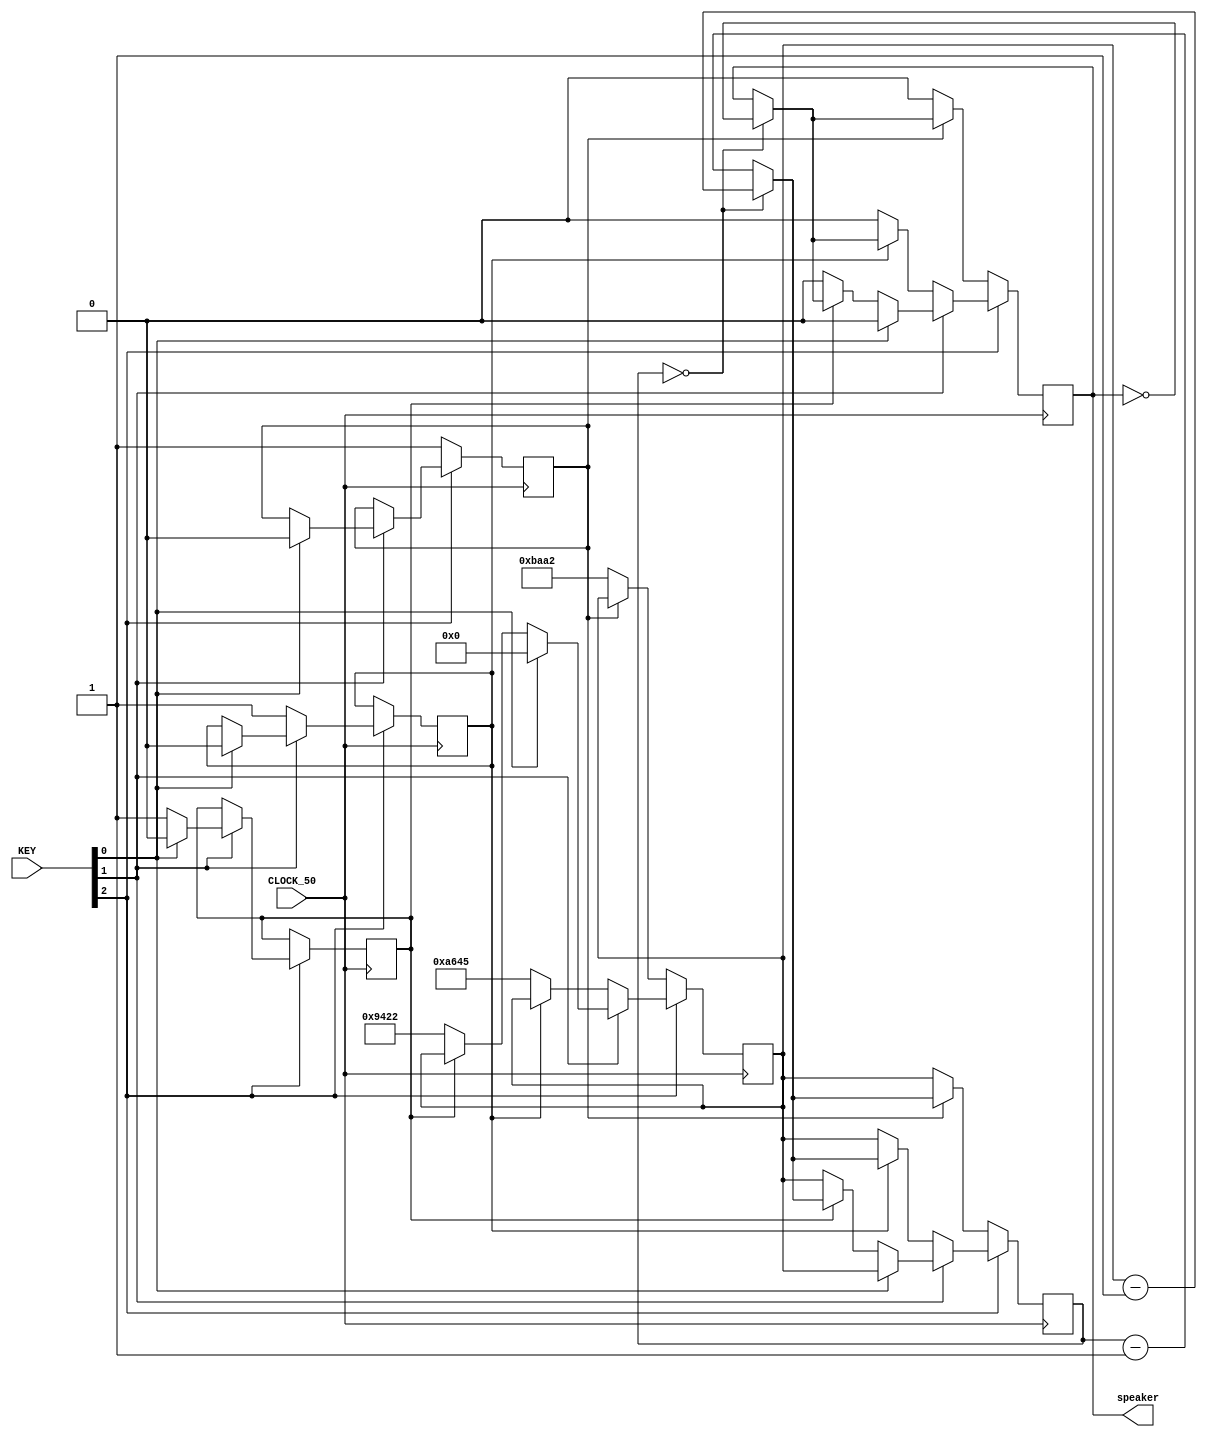
module music(CLOCK_50, KEY, speaker);
		input CLOCK_50;
		input [2:0] KEY;
		output reg speaker;
		
		//reg enable;
				
		//reg [15:0] frequency;
		reg [15:0] clkdivider;
 		reg [15:0] counter;
		
		assign clock = CLOCK_50;
		
		reg ld_do, ld_re, ld_mi;
		
		always@(posedge clock) begin
		
			if (~KEY[2]) begin
			   if (!ld_do) begin //the moment when player begin to press do
					//frequency <= 16'd523; 
					clkdivider <= 16'd47778;
					counter <= clkdivider;
					speaker <= 0;
					ld_do <= 1; end
				else begin //when player is pressing do
					if(counter==16'd0) begin
						counter <= clkdivider-16'd1;
						speaker <= ~speaker; end
					else counter <= counter-16'd1;
				end
			end
			
			else if(~KEY[1]) begin
				if (!ld_re) begin
					//frequency <= 16'd587; 
					clkdivider<= 16'd42565;
					counter <= clkdivider;
					speaker <= 0;
					ld_re <= 1; end
				else begin
					if(counter==16'd0) begin
						counter <= clkdivider-16'd1;
						speaker <= ~speaker; end
					else counter <= counter-16'd1;
				end
			end
				
			else if(~KEY[0]) begin
				if (!ld_mi) begin
					//frequency <= 16'd659; 
					clkdivider<= 16'd37922;
					counter <= clkdivider;
					speaker <= 0;
				   ld_mi <= 1; end
				else begin
					if(counter==16'd0) begin
						counter <= clkdivider-16'd1;
						speaker <= ~speaker; end
					else counter <= counter-16'd1;
				end
			end
			
			else begin
				//frequency <= 16'd0; 
				clkdivider <= 16'd0;
				counter <= clkdivider;
				speaker <= 0;
				ld_do <= 0;
				ld_re <= 0;
				ld_mi <= 0;
				end
		end
		
		
//		always@(posedge clock)
//			case (note_address)
//				2'b01: begin frequency = 16'd523; 
//								 clkdivider= 16'd23900;end
//				2'b10: begin frequency = 16'd587; 
//								 clkdivider= 16'd21295;end
//				2'b11: begin frequency = 16'd659; 
//								 clkdivider= 16'd18968;end
//				default: begin frequency = 16'd0; clkdivider = 16'd0; end
//			endcase
//			
			

endmodule